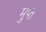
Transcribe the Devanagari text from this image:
मुप्त